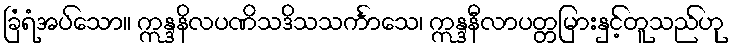
ခြံရံအပ်သော။ ဣန္ဒနိလပဏိသဒိသသင်္ကာသေ၊ ဣန္ဒနီလာပတ္တမြားနှင့်တူသည်ဟု